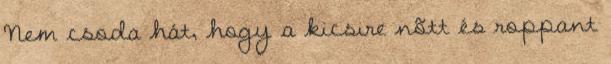
Nem csoda hát, hogy a kicsire nõtt és roppant